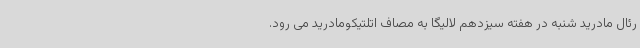
رئال مادرید شنبه در هفته سیزدهم لالیگا به مصاف اتلتیکومادرید می رود.